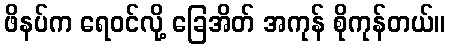
ဖိနပ်က ရေဝင်လို့ ခြေအိတ် အကုန် စိုကုန်တယ်။